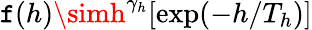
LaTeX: \mathtt{f}(h)\simh^{\gamma_{h}}[\mathrm{{exp}}(-h/T_{h})]